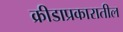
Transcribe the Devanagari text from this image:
क्रीडाप्रकारातील